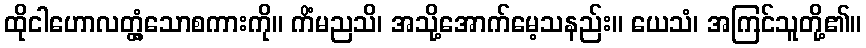
ထိုငါဟောလတ္တံ့သောစကားကို။ ကိံမညသိ၊ အသို့အောက်မေ့သနည်း။ ယေသံ၊ အကြင်သူတို့၏။